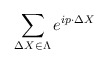
\begin{align*}\sum_{\Delta X \in \Lambda} e^{ip \cdot \Delta X}\end{align*}